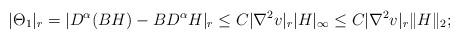
LaTeX: \begin{align*}|\Theta_1|_r=|D^\alpha(BH)-BD^\alpha H|_r\leq C|\nabla^2 v|_r|H|_\infty\leq C|\nabla^2 v|_r \|H\|_2;\end{align*}